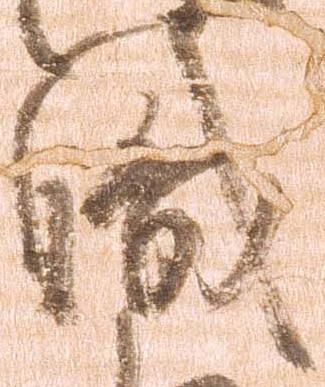
職